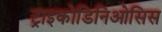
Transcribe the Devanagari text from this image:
ट्राइकोडिनिओसिस